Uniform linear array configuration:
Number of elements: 64
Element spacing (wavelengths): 0.5
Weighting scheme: uniform
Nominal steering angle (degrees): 30
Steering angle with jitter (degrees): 29.45
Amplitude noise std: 0.05
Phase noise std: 0.05

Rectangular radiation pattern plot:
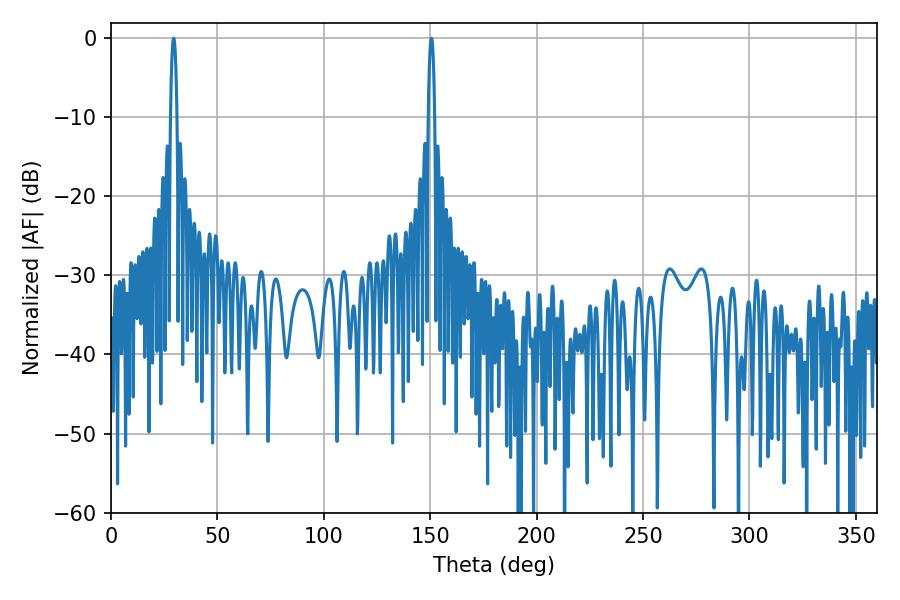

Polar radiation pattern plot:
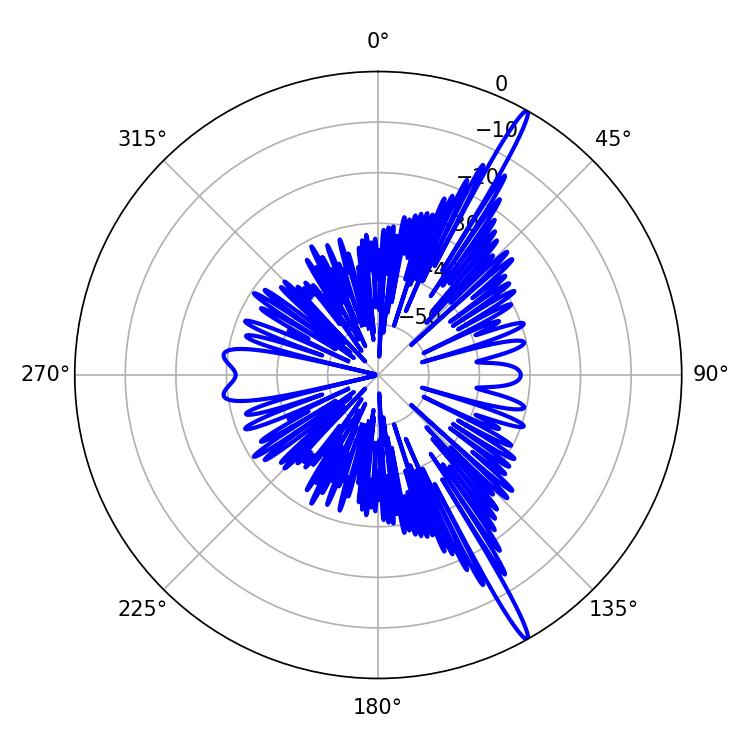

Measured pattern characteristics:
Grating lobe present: FALSE
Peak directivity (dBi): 17.541
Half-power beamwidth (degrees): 1.62
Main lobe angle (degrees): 29.52